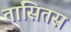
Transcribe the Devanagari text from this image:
तासितस